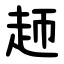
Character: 䞙